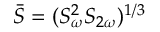
\bar { S } = ( S _ { \omega } ^ { 2 } S _ { 2 \omega } ) ^ { 1 / 3 }